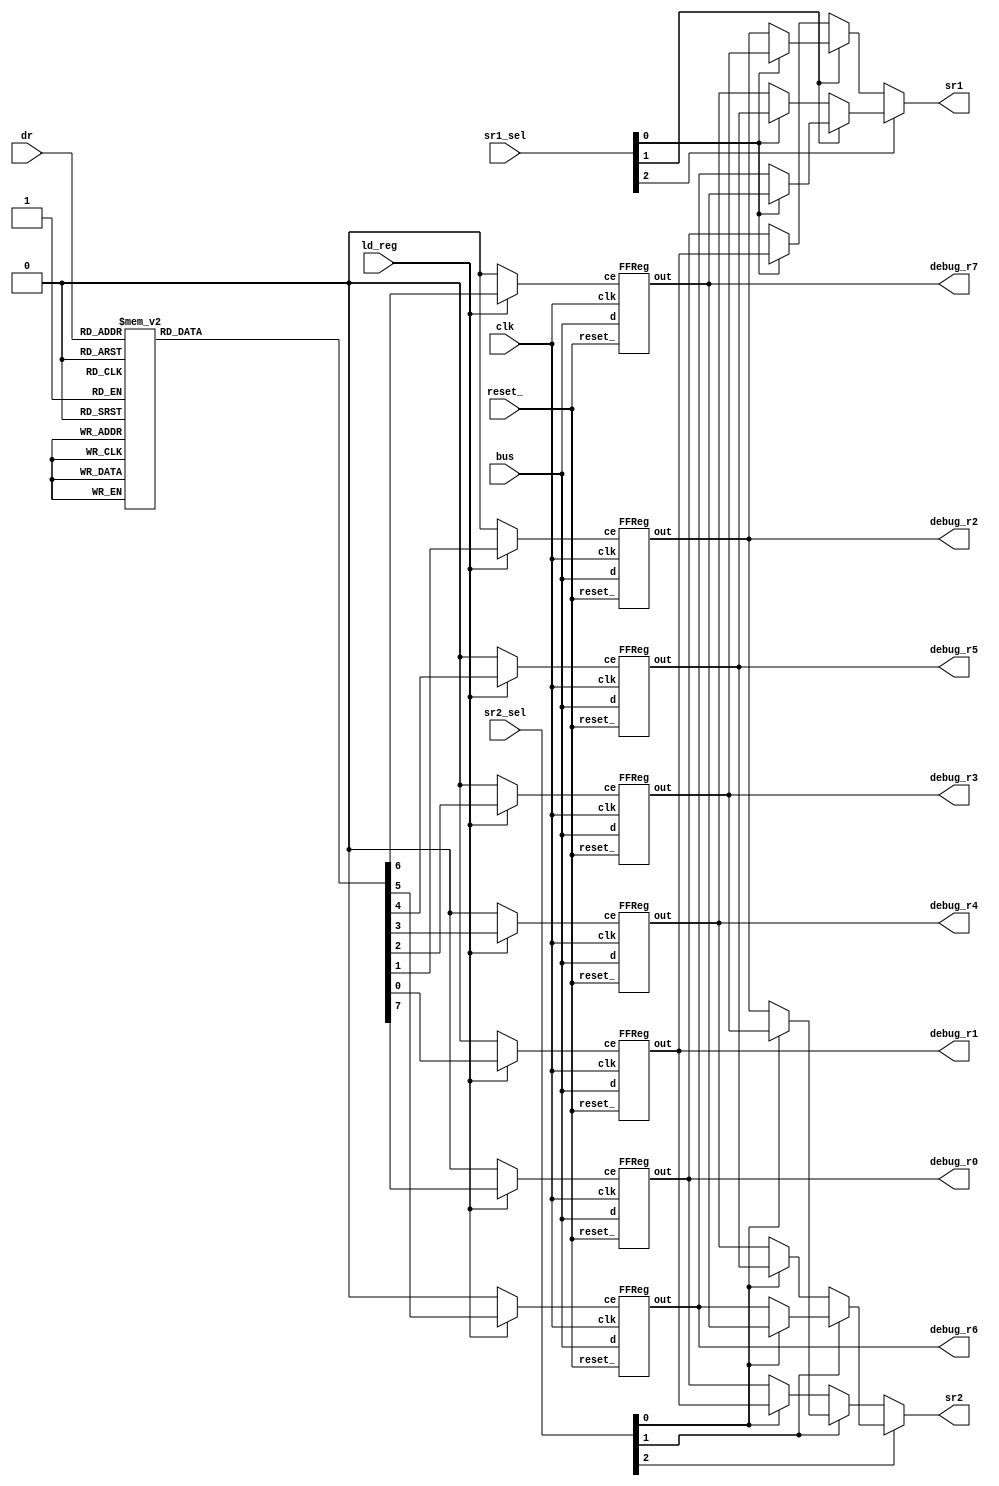
module Regfile (input clk,
                input reset_,
                input [2:0] dr,
                input ld_reg,
                input [2:0] sr1_sel,
                input [2:0] sr2_sel,
                input [15:0] bus,
                output [15:0] sr1,
                output [15:0] sr2,
                // debugs
                output [15:0] debug_r0,
                output [15:0] debug_r1,
                output [15:0] debug_r2,
                output [15:0] debug_r3,
                output [15:0] debug_r4,
                output [15:0] debug_r5,
                output [15:0] debug_r6,
                output [15:0] debug_r7);

     
    // GP registers
    reg ld_r0;
    reg ld_r1;
    reg ld_r2;
    reg ld_r3;
    reg ld_r4;
    reg ld_r5;
    reg ld_r6;
    reg ld_r7;

    wire [15:0] r0;
    FFReg R0 (.clk(clk),
              .ce(ld_r0),
              .reset_(reset_),
              .d(bus),
              .out(r0));

    wire [15:0] r1;
    FFReg R1 (.clk(clk),
              .ce(ld_r1),
              .reset_(reset_),
              .d(bus),
              .out(r1));

    wire [15:0] r2;
    FFReg R2 (.clk(clk),
              .ce(ld_r2),
              .reset_(reset_),
              .d(bus),
              .out(r2));

    wire [15:0] r3;
    FFReg R3 (.clk(clk),
              .ce(ld_r3),
              .reset_(reset_),
              .d(bus),
              .out(r3));

    wire [15:0] r4;
    FFReg R4 (.clk(clk),
              .ce(ld_r4),
              .reset_(reset_),
              .d(bus),
              .out(r4));

    wire [15:0] r5;
    FFReg R5 (.clk(clk),
              .ce(ld_r5),
              .reset_(reset_),
              .d(bus),
              .out(r5));

    wire [15:0] r6;
    FFReg R6 (.clk(clk),
              .ce(ld_r6),
              .reset_(reset_),
              .d(bus),
              .out(r6));

    wire [15:0] r7;
    FFReg R7 (.clk(clk),
              .ce(ld_r7),
              .reset_(reset_),
              .d(bus),
              .out(r7));
    
    // LD REG signal combinatorial logic
    always@(*)
        begin
            ld_r0 = 0;
            ld_r1 = 0;
            ld_r2 = 0;
            ld_r3 = 0;
            ld_r4 = 0;
            ld_r5 = 0;
            ld_r6 = 0;
            ld_r7 = 0;
            if(ld_reg)
                begin
                    case(dr)
                        3'b000: ld_r0 = 1;
                        3'b001: ld_r1 = 1;
                        3'b010: ld_r2 = 1;
                        3'b011: ld_r3 = 1;
                        3'b100: ld_r4 = 1;
                        3'b101: ld_r5 = 1;
                        3'b110: ld_r6 = 1;
                        3'b111: ld_r7 = 1;
                    endcase
                end
        end
    

    // Output combinatorial logic 
     assign sr1 = sr1_sel[2] ? (sr1_sel[1] ? (sr1_sel[0] ? (r7) : (r6)) : (sr1_sel[0] ? (r5) : (r4))) : (sr1_sel[1] ? (sr1_sel[0] ? (r3) : (r2)) : (sr1_sel[0] ? (r1) : (r0)));
     assign sr2 = sr2_sel[2] ? (sr2_sel[1] ? (sr2_sel[0] ? (r7) : (r6)) : (sr2_sel[0] ? (r5) : (r4))) : (sr2_sel[1] ? (sr2_sel[0] ? (r3) : (r2)) : (sr2_sel[0] ? (r1) : (r0)));

     assign debug_r0 = r0;
     assign debug_r1 = r1;
     assign debug_r2 = r2;
     assign debug_r3 = r3;
     assign debug_r4 = r4;
     assign debug_r5 = r5;
     assign debug_r6 = r6;
     assign debug_r7 = r7;

endmodule


// FDCE: D Flip-Flop with Clock Enable and Asynchronous Clear
module FFReg #(parameter WIDTH = 16) 
              (input clk, 
               input ce,
               input reset_, 
               input [WIDTH-1:0] d, 
               output [WIDTH-1:0] out);
               
    reg [WIDTH-1:0] register = 16'h0000;
    
    always@(posedge clk or negedge reset_)
        if(~reset_) register <= 0;
        else if(ce) register <= d;
    
    assign out = register;
    
endmodule


module StatusRegister (input clk,
                       input ld_sr,
                       input ld_sr_ext,
                       input reset_,
                       input [15:0] d,
                       input [15:0] d_ext,
                       output [15:0] out);
    reg sel;
    reg ld;
    always@(*)
        begin
            if(ld_sr) begin
                sel = 0;
                ld = 1;
            end
            else if (ld_sr_ext) begin
                sel = 1;
                ld = 1;
            end
            else begin
                sel = 0;
                ld = 0;
            end
        end
    
    wire [15:0] data;
    assign data = sel ? (d_ext) : (d);

    FFReg SR (.clk(clk),
              .ce(ld),
              .reset_(reset_),
              .d(data),
              .out(out));
endmodule